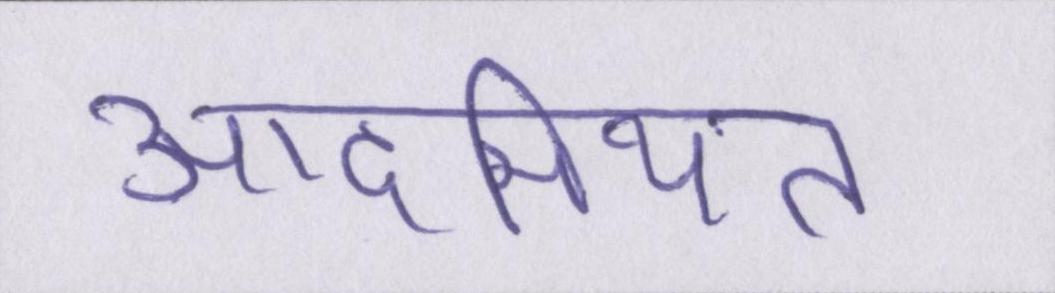
आदमियत